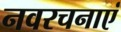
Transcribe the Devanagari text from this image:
नवरचनाएं